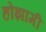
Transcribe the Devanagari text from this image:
होझामी